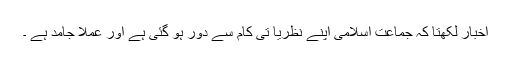
اخبار لکھتا کہ جماعت اسلامی اپنے نظریا تی کام سے دور ہو گئی ہے اور عملاً جامد ہے ۔